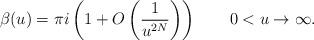
LaTeX: \begin{align*} \beta(u)=\pi i\left(1+O\left(\frac{1}{u^{2N}}\right)\right)\qquad0<u\to\infty. \end{align*}